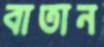
বাতান